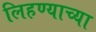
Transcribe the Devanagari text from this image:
लिहण्याच्या